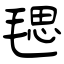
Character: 毸